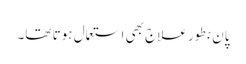
پان بطور علاج بھی استعمال ہوتا تھا۔